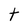
Character: t